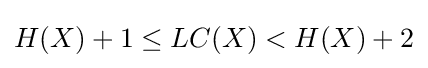
H(X)+1\leq LC(X)<H(X)+2